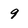
Character: 9